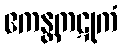
ဧကန္တကဋုကံ